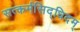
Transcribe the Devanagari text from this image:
सत्कर्मसिद्धिदम्